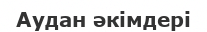
Аудан әкімдері